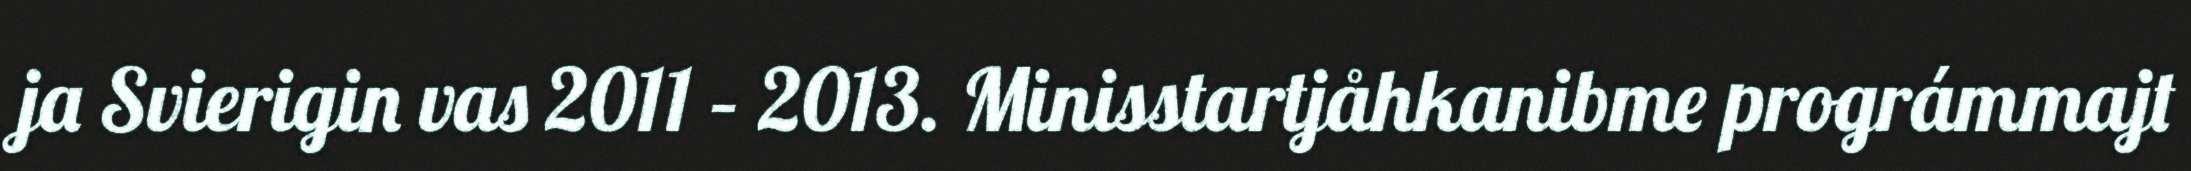
ja Svierigin vas 2011 – 2013. Minisstartjåhkanibme prográmmajt